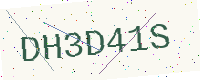
Text: DH3D41S